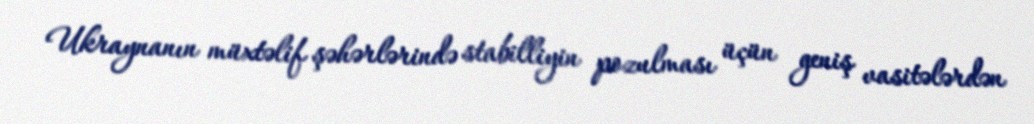
Ukraynanın müxtəlif şəhərlərində stabilliyin pozulması üçün geniş vasitələrdən